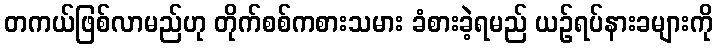
တကယ်ဖြစ်လာမည်ဟု တိုက်စစ်ကစားသမား ခံစားခဲ့ရမည် ယဉ်ရပ်နားခများကို